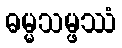
ဓမ္မသမ္ဖဿံ